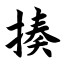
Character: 揍